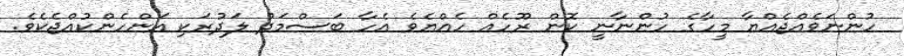
ހުންނަވެއްޖެއްޔާ މީހާގެ ހުންނާނީ ކޮން ރޫހެއް ހެއްޔެވެ އެހާ ބަސްމަދު ލަދުރަކި އަންހެންކުއްޖެކެވެ.